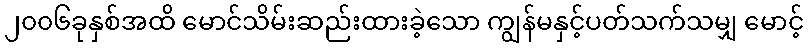
၂၀၀၆ခုနှစ်အထိ မောင်သိမ်းဆည်းထားခဲ့သော ကျွန်မနှင့်ပတ်သက်သမျှ မောင့်